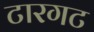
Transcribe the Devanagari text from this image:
टारगट